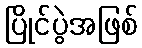
ပြိုင်ပွဲအဖြစ်